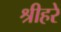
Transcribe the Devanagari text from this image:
श्रीहरे